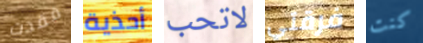
فقدت أحذية لاتحب فرقتي كنت